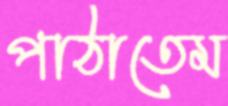
পাঠাতেম